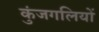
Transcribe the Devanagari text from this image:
कुंजगलियों